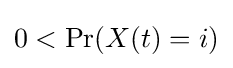
0<\Pr(X(t)=i)